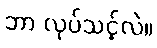
ဘာ လုပ်သင့်လဲ။